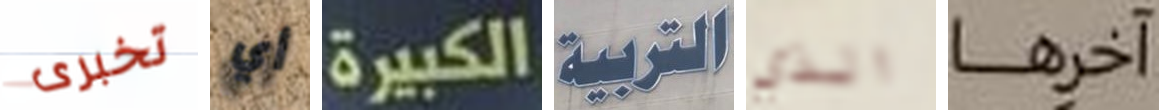
تخبرى أي الكبيرة التربية الذي آخرها